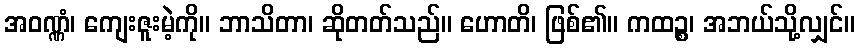
အဝဏ္ဏံ၊ ကျေးဇူးမဲ့ကို။ ဘာသိတာ၊ ဆိုတတ်သည်။ ဟောတိ၊ ဖြစ်၏။ ကထဉ္စ၊ အဘယ်သို့လျှင်။